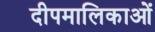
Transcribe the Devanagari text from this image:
दीपमालिकाओं